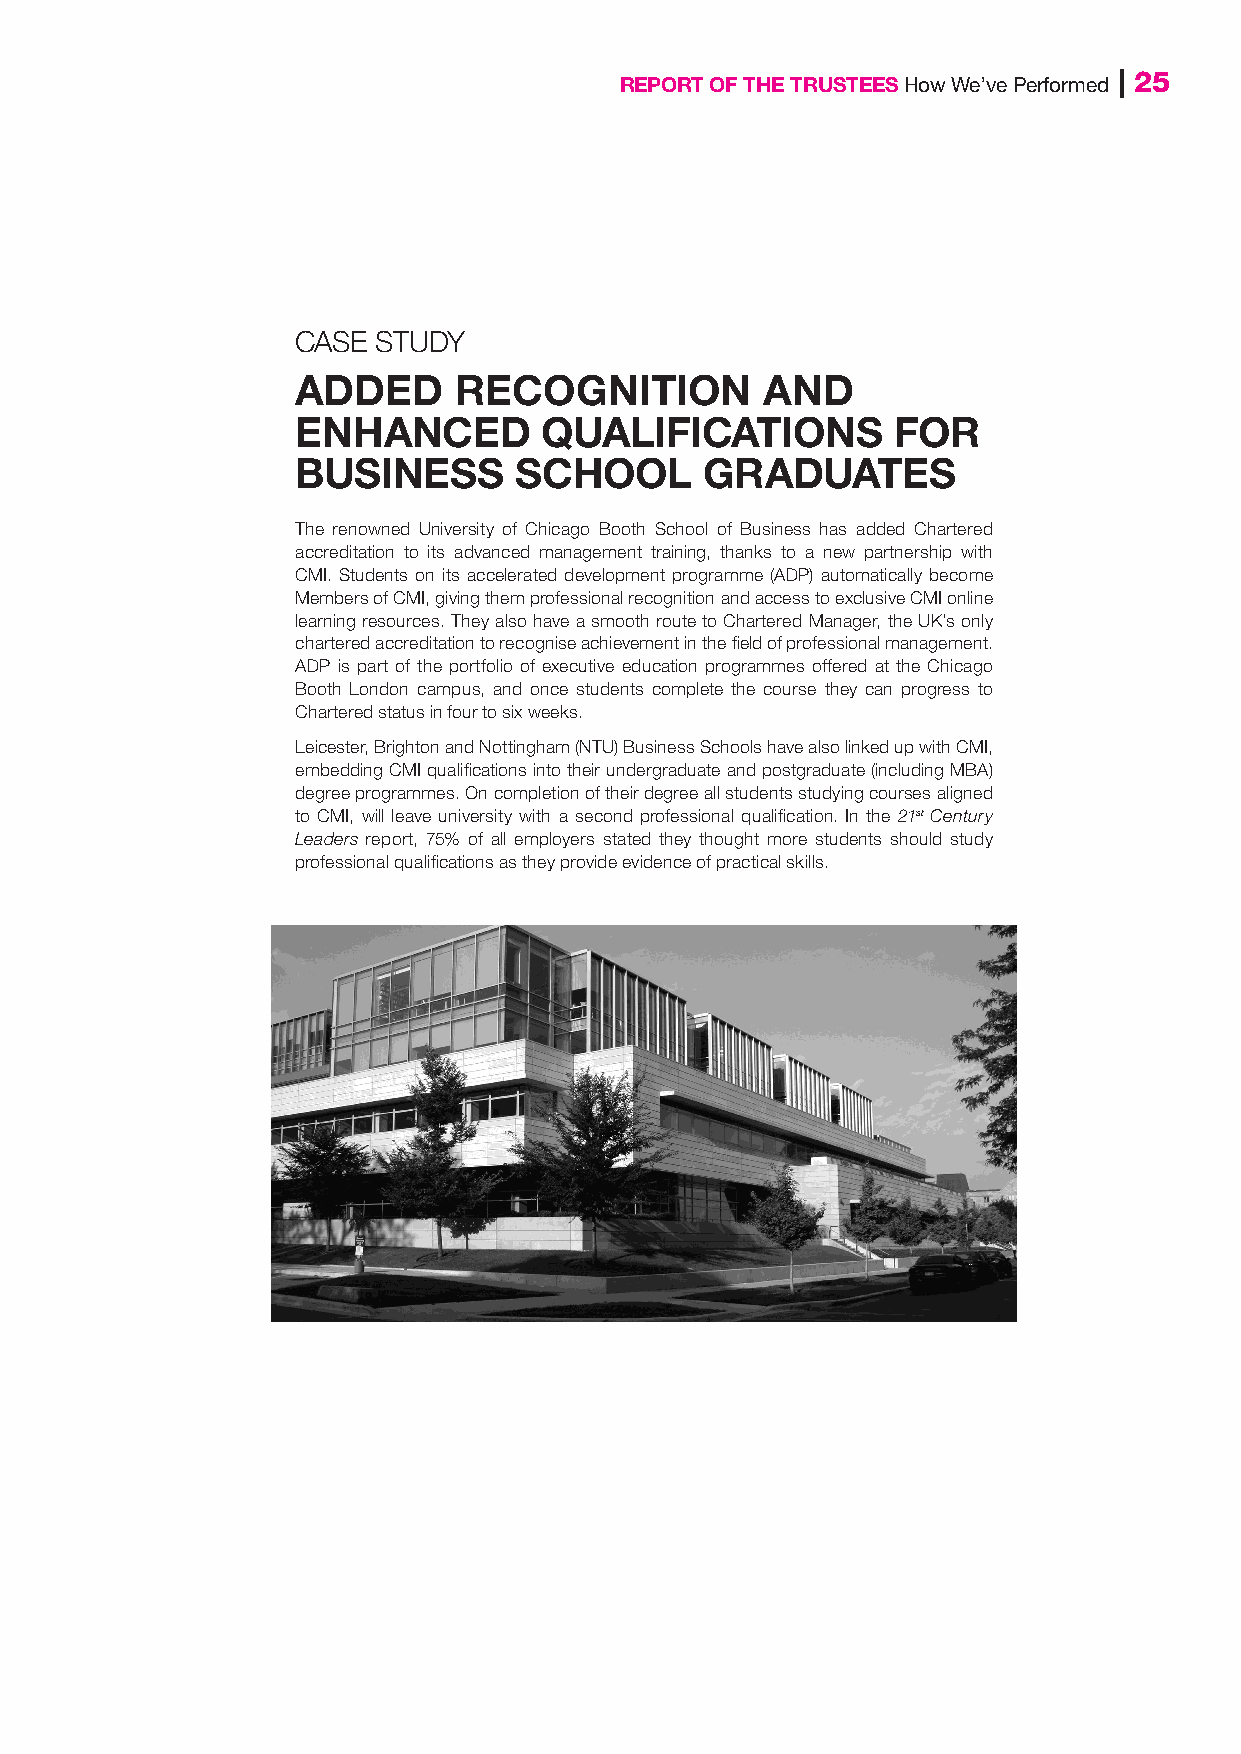
REPORT OF THE TRUSTEES How We’ve Performed | 25
 CASE STUDY
 ADDED     RECOGNITION         AND
 ENHANCED        QUALIFICATIONS         FOR
 BUSINESS      SCHOOL      GRADUATES
 The renowned University of Chicago Booth School of Business has added Chartered
 accreditation to its advanced management training, thanks to a new partnership with
 CMI. Students on its accelerated development programme (ADP) automatically become
 Members of CMI, giving them professional recognition and access to exclusive CMI online
 learning resources. They also have a smooth route to Chartered Manager, the UK’s only
 chartered accreditation to recognise achievement in the field of professional management.
 ADP is part of the portfolio of executive education programmes offered at the Chicago
 Booth London campus, and once students complete the course they can progress to
 Chartered status in four to six weeks.
 Leicester, Brighton and Nottingham (NTU) Business Schools have also linked up with CMI,
 embedding CMI qualifications into their undergraduate and postgraduate (including MBA)
 degree programmes. On completion of their degree all students studying courses aligned
 to CMI, will leave university with a second professional qualification. In the 21st Century
 Leaders report, 75% of all employers stated they thought more students should study
 professional qualifications as they provide evidence of practical skills.